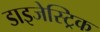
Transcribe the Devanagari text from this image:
डाइजेस्ट्रिक